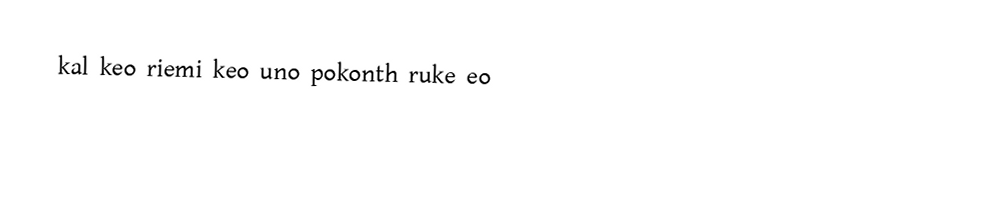
kal keo riemi keo uno pokonth ruke eo